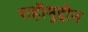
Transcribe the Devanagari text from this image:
राहीमुद्दीन